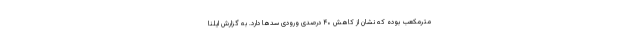
مترمکعب بوده که نشان از کاهش ۴۰ درصدی ورودی سدها دارد. به گزارش ایلنا